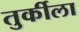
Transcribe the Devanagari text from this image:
तुर्कीला